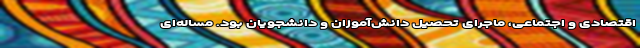
اقتصادی و اجتماعی، ماجرای تحصیل دانش‌آموزان و دانشجویان بود. مساله‌ای